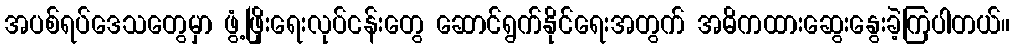
အပစ်ရပ်ဒေသတွေမှာ ဖွံ့ဖြိုးရေးလုပ်ငန်းတွေ ဆောင်ရွက်နိုင်ရေးအတွက် အဓိကထားဆွေးနွေးခဲ့ကြပါတယ်။